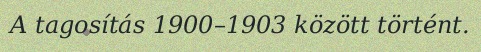
A tagosítás 1900–1903 között történt.